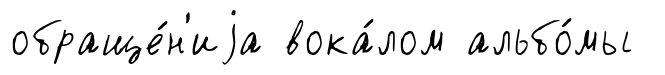
обраще́н'иjа вока́лом альбо́мы